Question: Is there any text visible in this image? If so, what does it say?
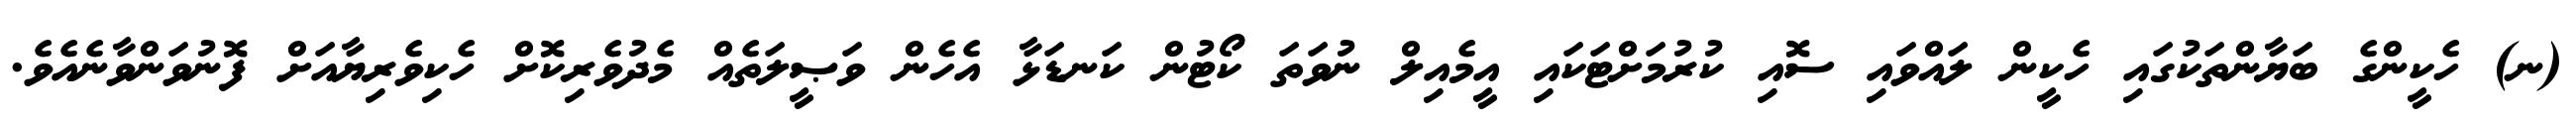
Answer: (ނ) ހެކީންގެ ބަޔާންތަކުގައި ހެކީން ލައްވައި ސޮއި ކުރުމަށްޓަކައި އީމެއިލް ނުވަތަ ކޯޓުން ކަނޑަޅާ އެހެން ވަޞީލަތެއް މެދުވެރިކޮށް ހެކިވެރިޔާއަށް ފޮނުވަންވާނެއެވެ.